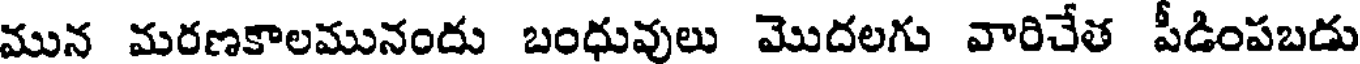
మున మరణకాలమునందు బంధువులు మొదలగు వారిచేత పీడింపబడు